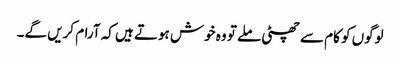
لوگوں کو کام سے چھٹی ملے تو وہ خوش ہوتے ہیں کہ آرام کریں گے۔